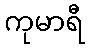
ကုမာရီ